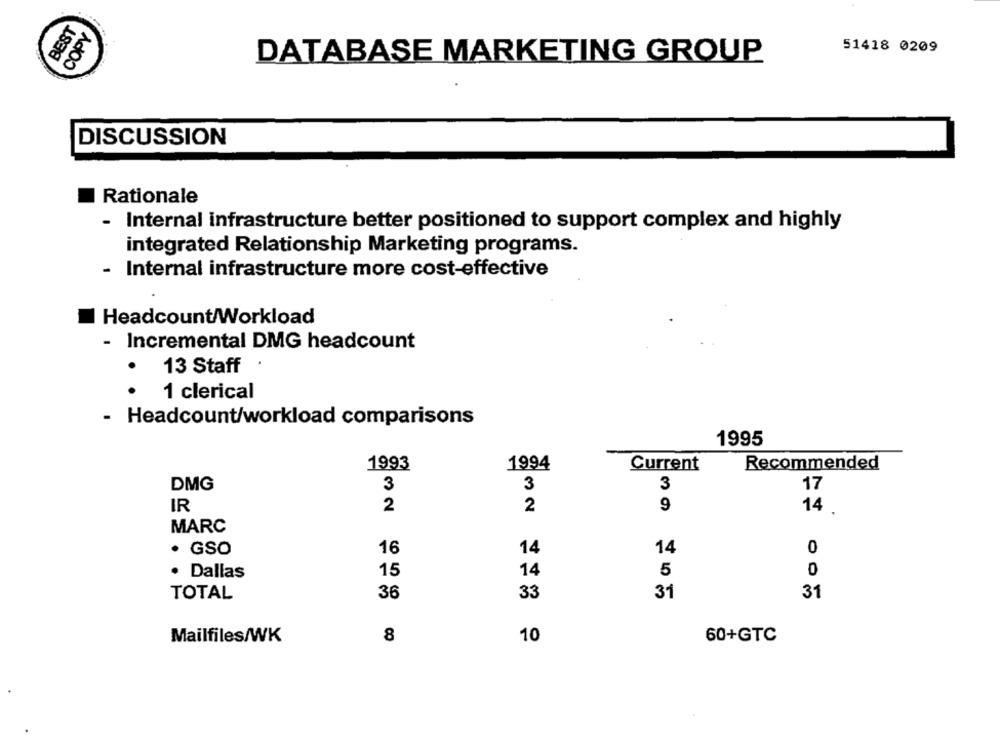
BEST
COPY
51418 0209
DATABASE MARKETING GROUP
DISCUSSION
Rationale
-
Internal infrastructure better positioned to support complex and highly
integrated Relationship Marketing programs.
- Internal infrastructure more cost-effective
Headcount/Workload
- Incremental DMG headcount
13 Staff
.
1 clerical
.
- Headcount/workload comparisons
1995
1993
1994
Current
Recommended
DMG
3
3
3
17
2
IR
2
9
14 .
MARC
16
0
· GSO
14
14
15
0
. Dallas
14
5
36
33
31
31
TOTAL
Mailfiles/WK
8
10
60+GTC